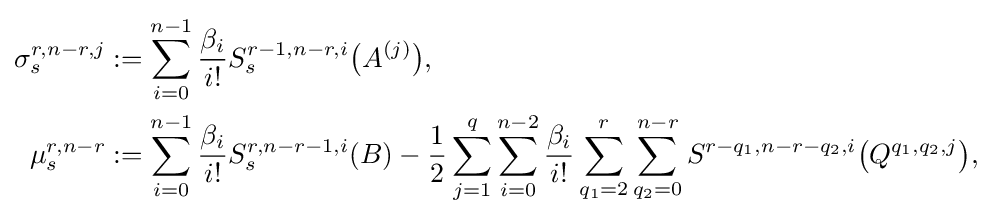
{\begin{aligned}\sigma _{s}^{r,n-r,j}&:=\sum _{i=0}^{n-1}{\frac {\beta _{i}}{i!}}S_{s}^{r-1,n-r,i}{\big (}A^{(j)}{\big )},\\\mu _{s}^{r,n-r}&:=\sum _{i=0}^{n-1}{\frac {\beta _{i}}{i!}}S_{s}^{r,n-r-1,i}(B)-{\frac {1}{2}}\sum _{j=1}^{q}\sum _{i=0}^{n-2}{\frac {\beta _{i}}{i!}}\sum _{q_{1}=2}^{r}\sum _{q_{2}=0}^{n-r}S^{r-q_{1},n-r-q_{2},i}{\big (}Q^{q_{1},q_{2},j}{\big )},\end{aligned}}